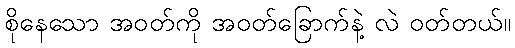
စိုနေသော အဝတ်ကို အဝတ်ခြောက်နဲ့ လဲ ဝတ်တယ်။